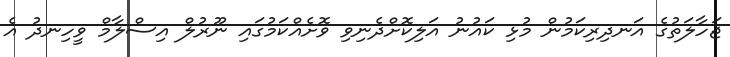
ޖަހާލަތުގެ އަނދިރިކަމުން މުޅި ކައުނު އަލިކޮށްދެނިވި ވޮށެއްކަމުގައި ނޫރުލް އިސްލާމް ވީހިނދު އެ